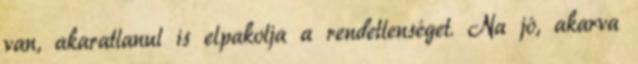
van, akaratlanul is elpakolja a rendetlenséget. Na jó, akarva